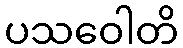
ပသဝေါတိ